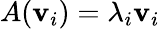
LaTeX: A(\mathbf{v}_{i})=\lambda_{i}\mathbf{v}_{i}